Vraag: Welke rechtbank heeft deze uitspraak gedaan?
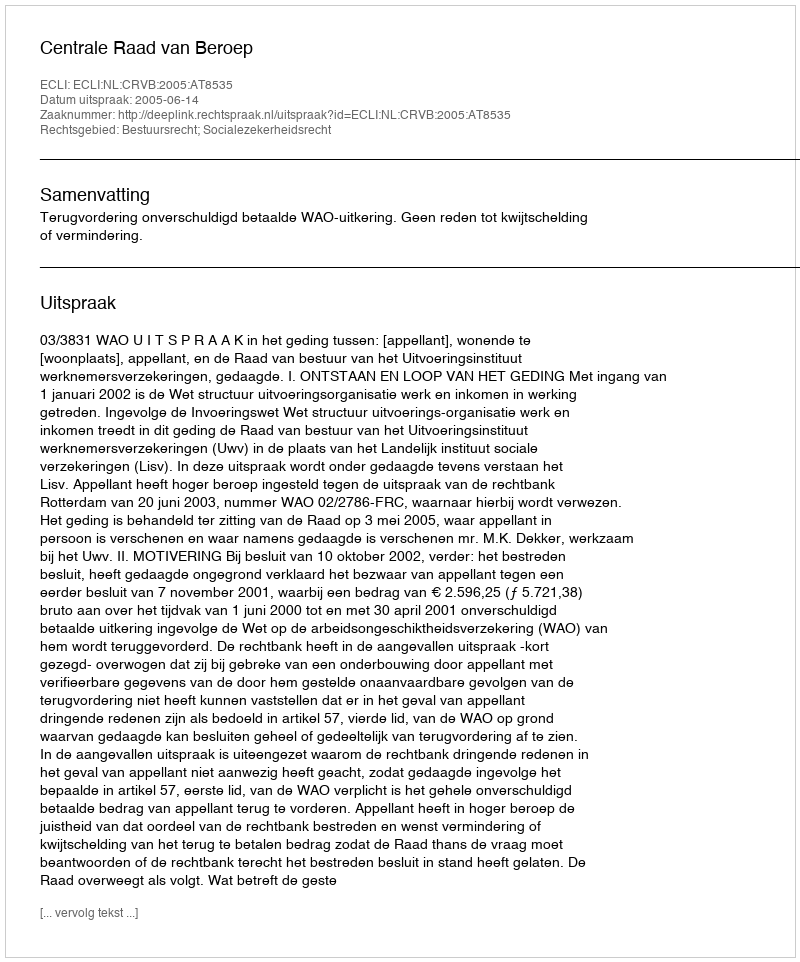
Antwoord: Centrale Raad van Beroep